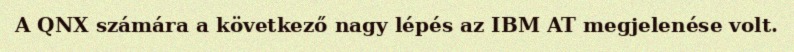
A QNX számára a következő nagy lépés az IBM AT megjelenése volt.